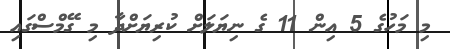
މި މަހުގެ 5 އިން 11 ގެ ނިޔަލަށް ކުރިޔަށްދާ މި ގޭމްސްގައި